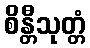
စိန္တီသုတ္တံ